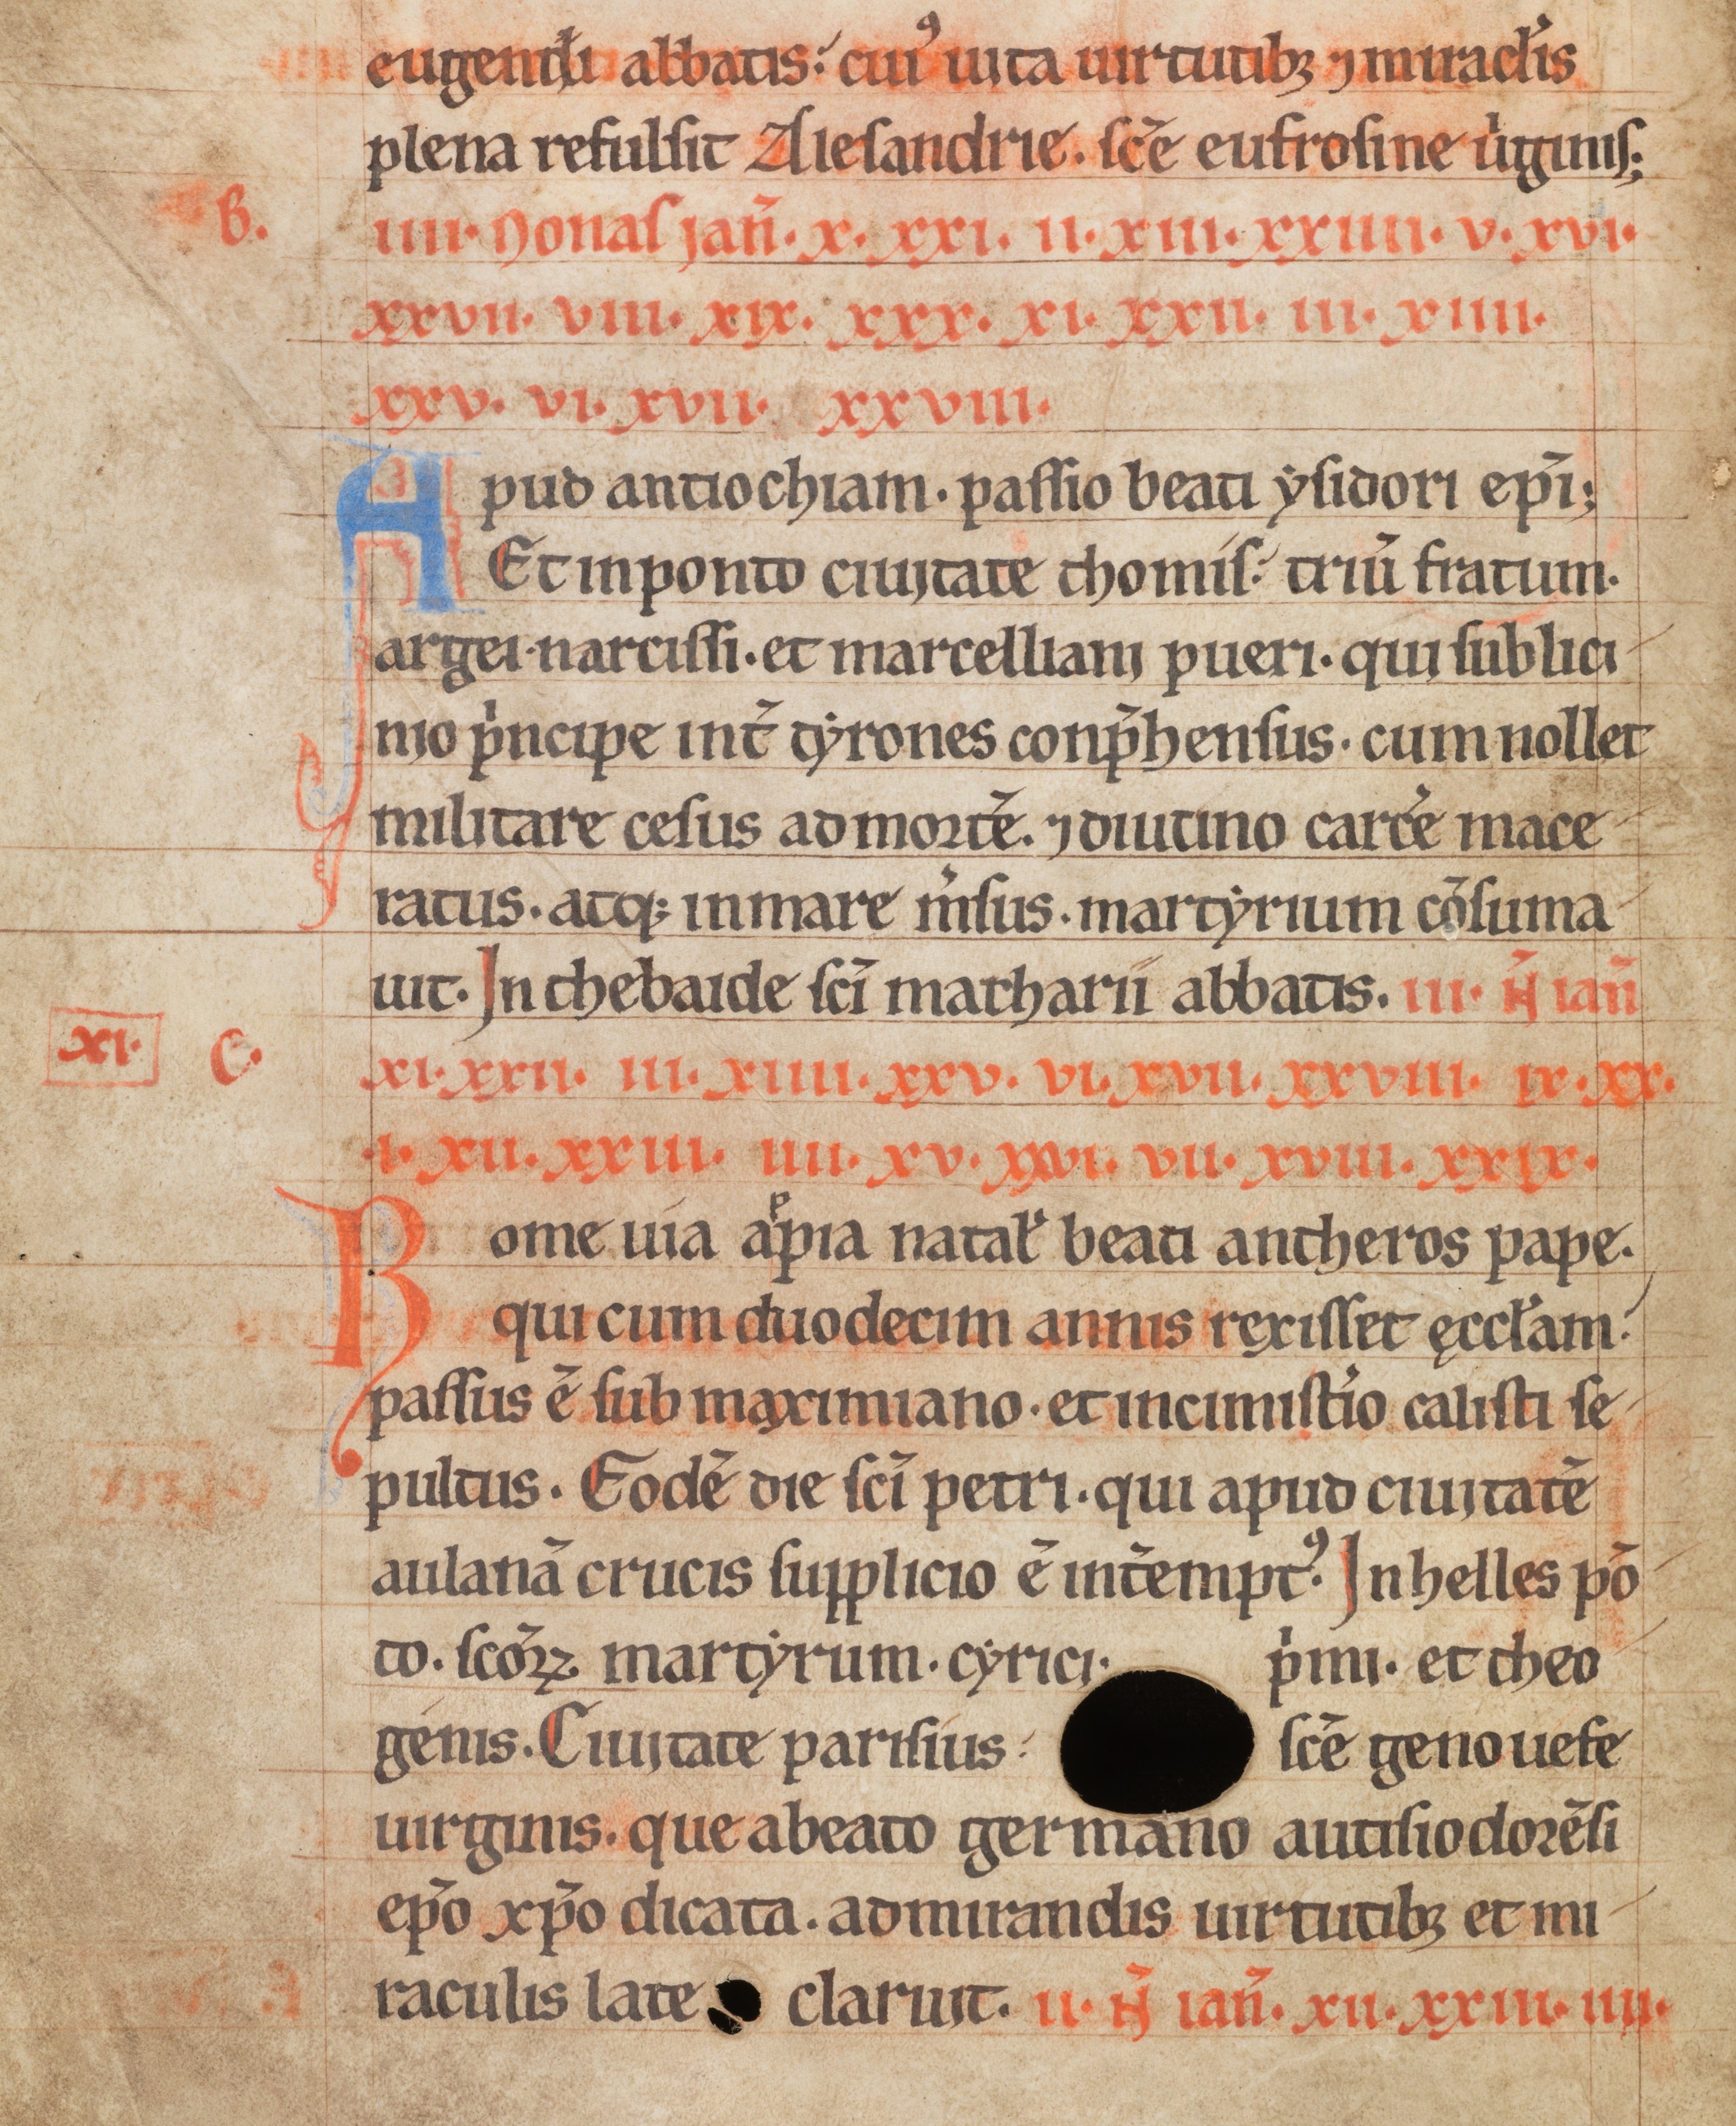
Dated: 1185–1215